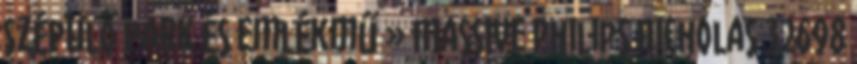
Szépülő park és emlékmű » Massive Philips Nicholas 32698